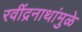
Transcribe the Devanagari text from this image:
रवींद्रनाथांमुळे